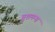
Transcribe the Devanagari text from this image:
बुशमन्स